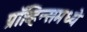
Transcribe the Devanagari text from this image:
प्रॉव्हिन्समध्ये